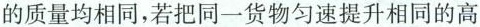
的质量均相同，若把同一货物匀速提升相同的高